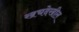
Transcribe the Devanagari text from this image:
खचदेखील